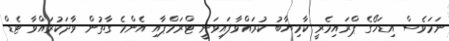
ނަމަވެސް އިޑަހޯގެ ޕްރައިމެރީ ކާމިޔާބު ކުރައްވާފައިވަނީ ޓްރަމްޕާއި އެންމެ ގާތުން ވާދަކުރައްވާ ޓެޑް